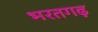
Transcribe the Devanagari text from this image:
भरतगढ़